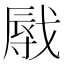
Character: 㦺